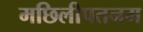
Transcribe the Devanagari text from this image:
मछिलीपतनम